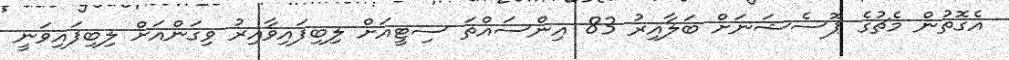
އެގޮތުން މެޗުގެ ޕޮސެޝަނަށް ބަލާއިރު 83 އިންސައްތަ ސިޓީއަށް ލިބިފައިވާއިރު ވިގަންއަށް ލިބިފައިވަނީ